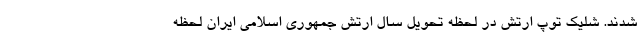
شدند. شلیک توپ ارتش در لحظه تحویل سال ارتش جمهوری اسلامی ایران لحظه